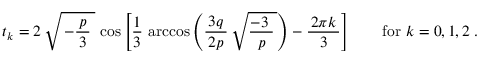
t _ { k } = 2 \, { \sqrt { \, - { \frac { \, p \, } { 3 } } \; } } \, \cos \left[ { \frac { 1 } { 3 } } \, \operatorname { a r c c o s } \left( { \frac { \, 3 q \, } { 2 p } } \, { \sqrt { { \frac { - 3 \; } { p } } \, } } \right) - { \frac { \, 2 \pi k \, } { 3 } } \right] \qquad { \mathrm { f o r } } ~ k = 0 , 1 , 2 \; .